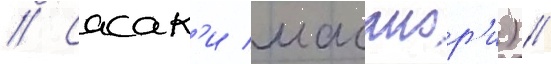
// Сасак'и масанор'и) //